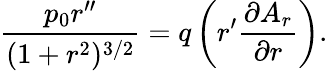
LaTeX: \frac{p_{0}r^{\prime\prime}}{(1+r^{2})^{3/2}}=q\left(r^{\prime}\frac{\partial A_{r}}{\partial r}\right).